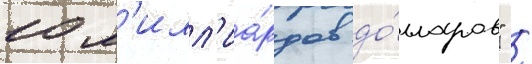
10 м'илл'иа́рдов до́лларов" /